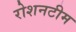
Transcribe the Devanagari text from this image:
रोशनटीम